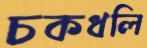
চকধলি